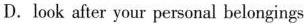
D. look after your personal belongings